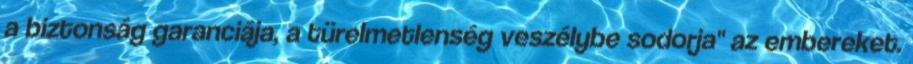
a biztonság garanciája, a türelmetlenség veszélybe sodorja" az embereket.